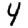
Digit: 4